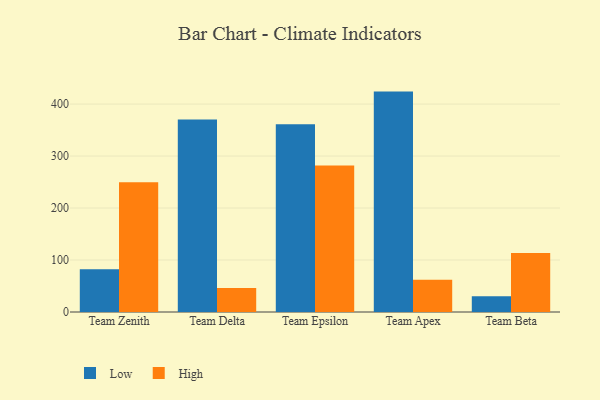
{"axis": {"x": "Team", "y": "Market Share (%)"}, "legend": ["High", "Low"], "data": [{"x": "Team Zenith", "y": 82.4, "type": "Low"}, {"x": "Team Zenith", "y": 249.4, "type": "High"}, {"x": "Team Delta", "y": 370.3, "type": "Low"}, {"x": "Team Delta", "y": 46.2, "type": "High"}, {"x": "Team Epsilon", "y": 361.2, "type": "Low"}, {"x": "Team Epsilon", "y": 281.7, "type": "High"}, {"x": "Team Apex", "y": 424.0, "type": "Low"}, {"x": "Team Apex", "y": 62.1, "type": "High"}, {"x": "Team Beta", "y": 30.1, "type": "Low"}, {"x": "Team Beta", "y": 113.7, "type": "High"}]}